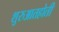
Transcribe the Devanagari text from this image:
शुरुआतहोती